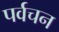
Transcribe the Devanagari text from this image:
पर्वचन